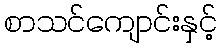
စာသင်ကျောင်းနှင့်